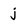
Character: j